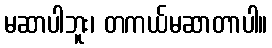
မဆာပါဘူး၊ တကယ်မဆာတာပါ။